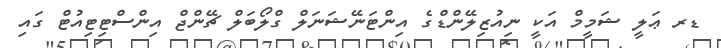
ޑރ ޢަލީ ޝަމީމް އަކީ ނިއުޒިލޭންޑްގެ އިންޓަނޭޝަނަލް ގްލޯބަލް ޗޭންޖް އިންސްޓިޓިއުޓް ގައި